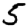
Digit: 5